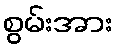
စွမ်းအား